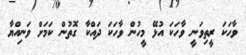
ވާހަކަ ރީތިވަނީ ވާހަކަ އުޅޭ މީހުން ވާހަކަ ދައްކާ ގޮތުން ކަމަށް ވަނިއްޔާ